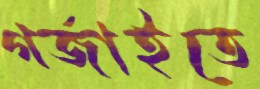
গর্‌জাইতে